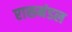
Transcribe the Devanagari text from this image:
रासमंडल